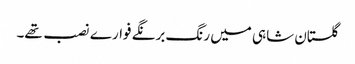
گلستان شاہی میں رنگ برنگے فوارے نصب تھے۔